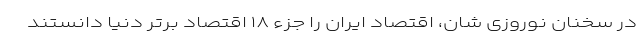
در سخنان نوروزی شان، اقتصاد ایران را جزء ١٨ اقتصاد برتر دنیا دانستند